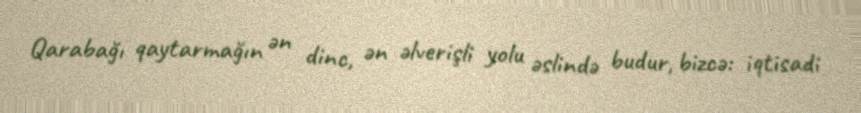
Qarabağı qaytarmağın ən dinc, ən əlverişli yolu əslində budur, bizcə: iqtisadi